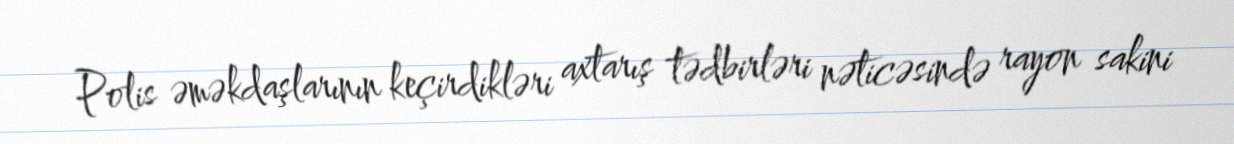
Polis əməkdaşlarının keçirdikləri axtarış tədbirləri nəticəsində rayon sakini